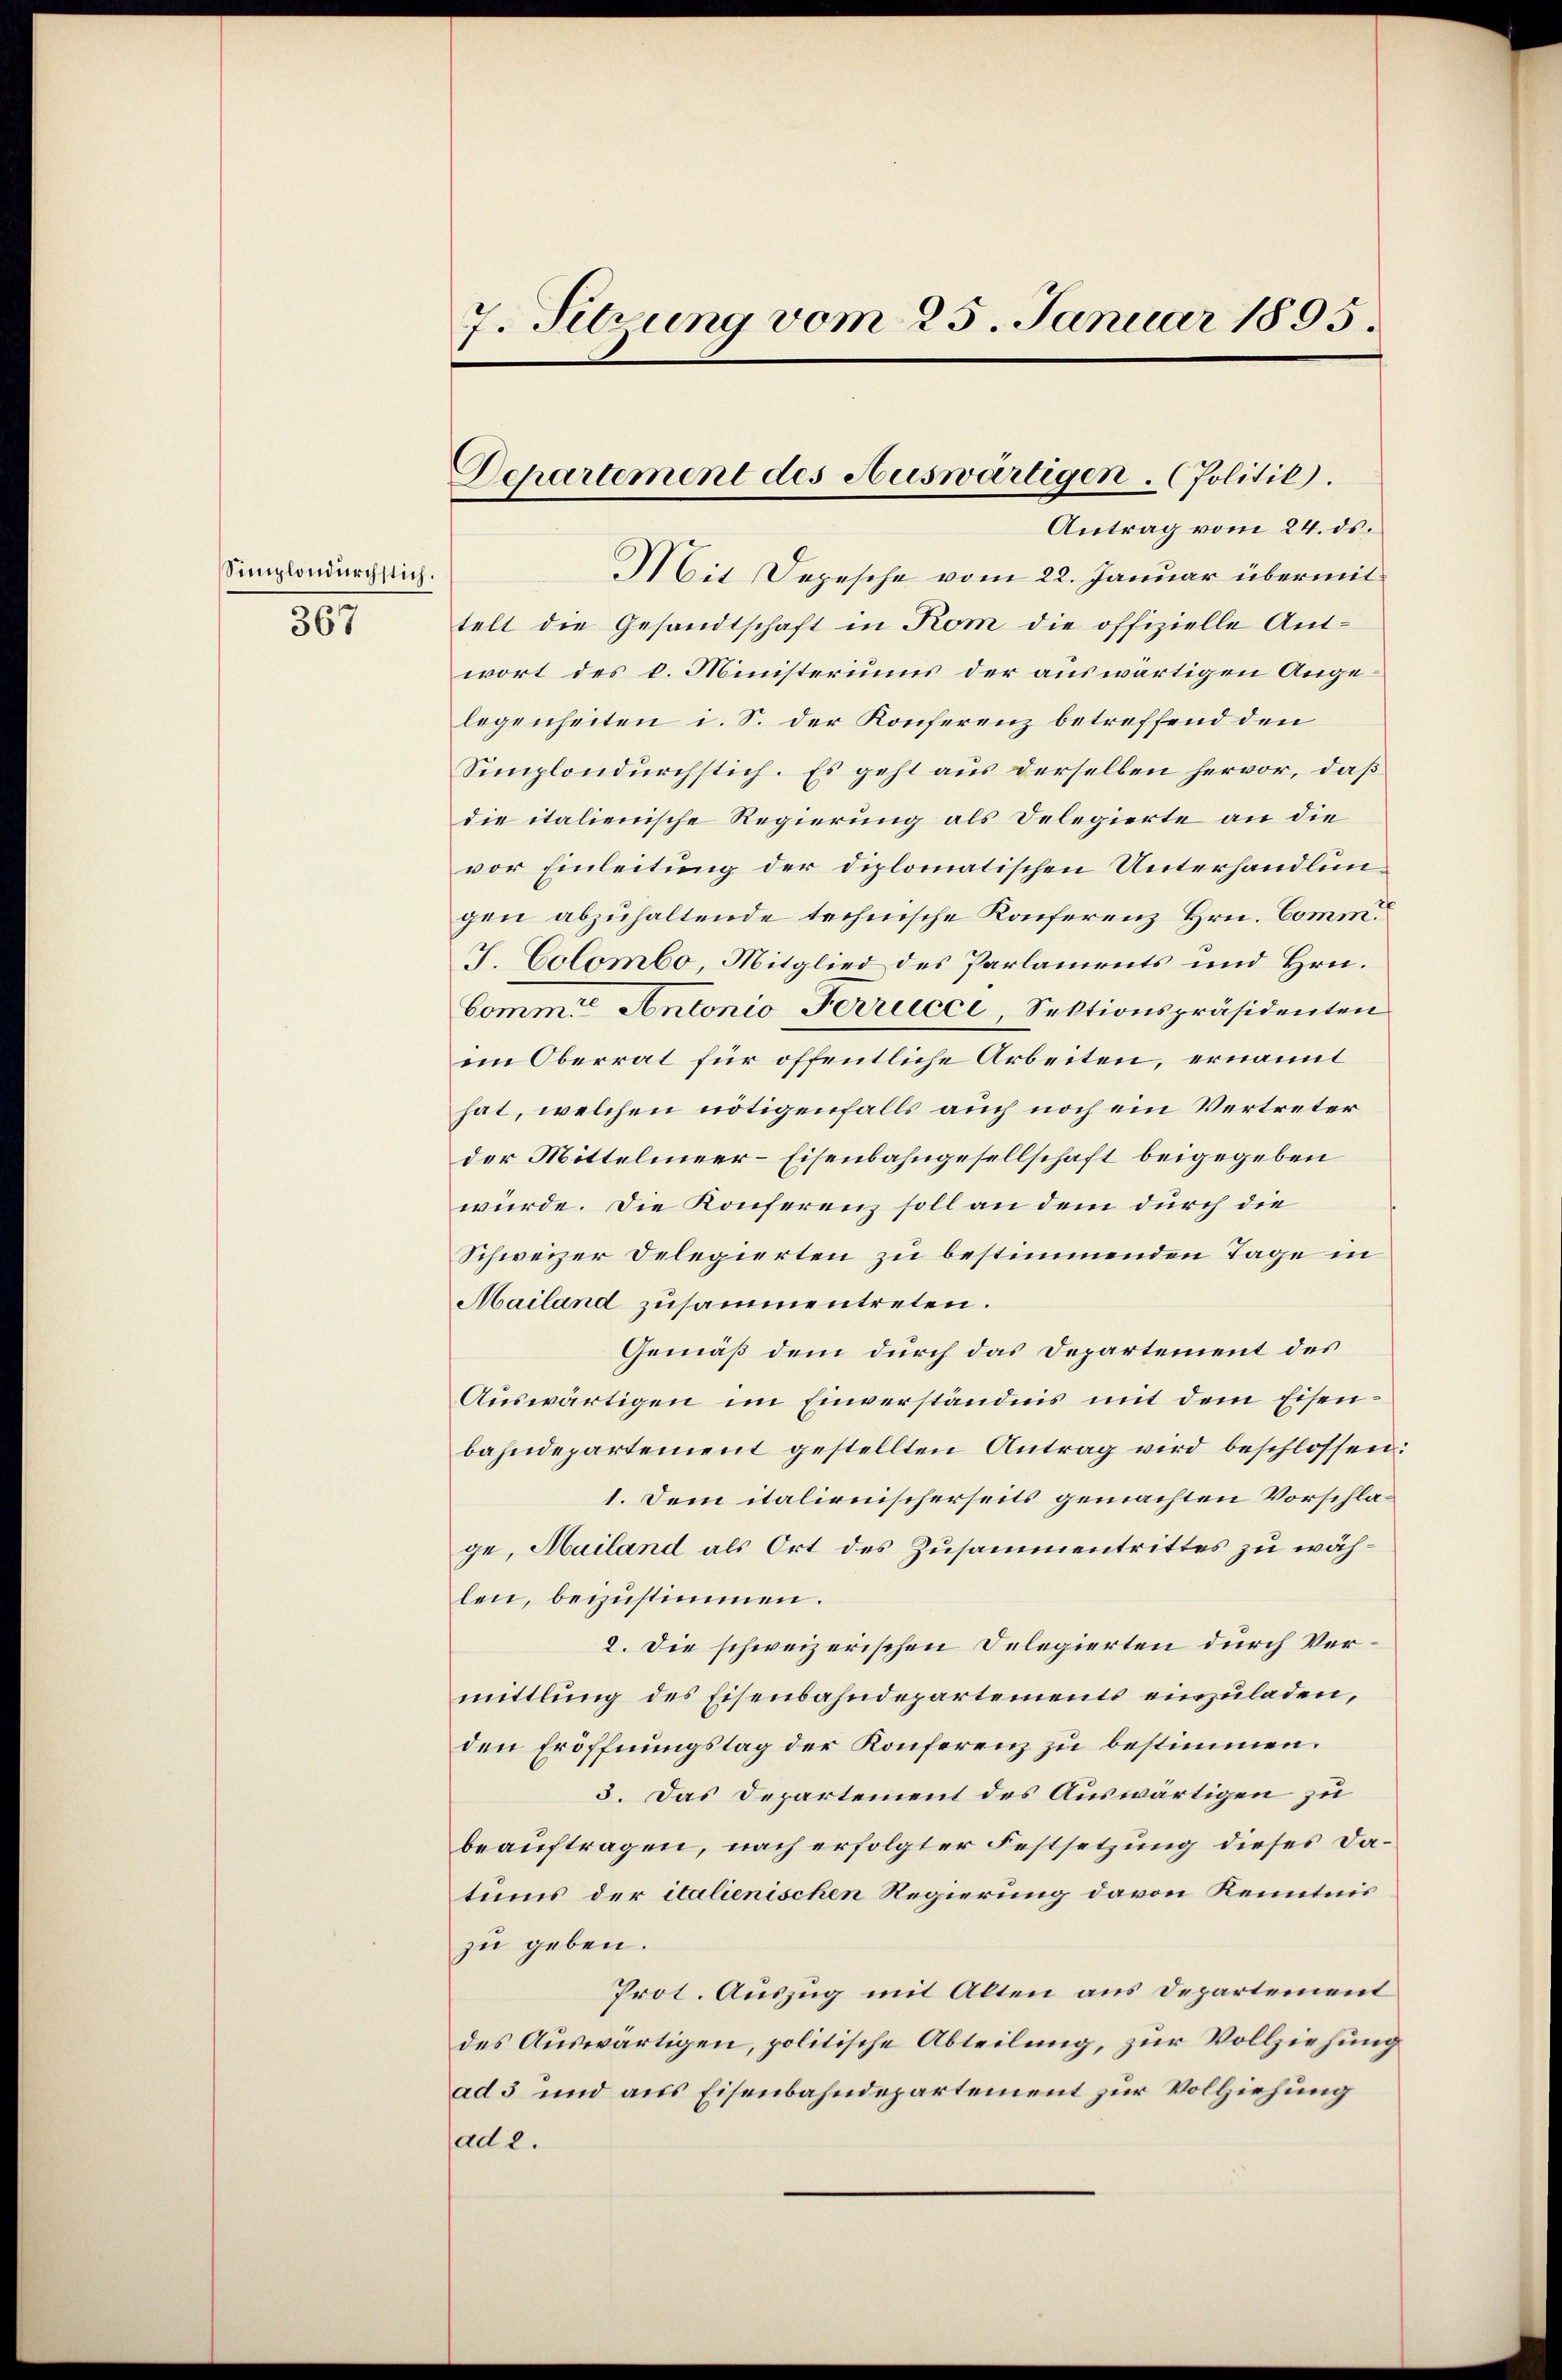
Semplondurchstich.
367

7. Sitzung vom 25. Januar 1895.

Departement des Auswärtigen. (Politik.
Antrag vom 24. ds.

Mit Depesche vom 22. Januar übermit
telt die Gesandtschaft in Kom die offizielle Antwort des k. Ministeriums der auswärtigen Angelegenheiten i. S. der Konferenz betreffend den
Semplondurchstich. Es geht aus derselben hervor, daß
die italienische Regierung als Delegierte an die
vor Einleitung der diplomatischen Unterhandlungen abzuhaltende technische Konferenz Hrn. Comm.
J. Colombo, Mitglied des Parlaments und Hrn.
Commit Antonio Ferrucci Sektionspräsidenten
im Oberrat für öffentliche Arbeiten, ernannt
hat, welchen nötigenfalls auch noch ein Vertreter
der Mittelmeer-Eisenbahngesellschaft beigegeben
würde. Die Konferenz soll an dem durch die
Schweizer Delegierten zu bestimmenden Tage in
Mailand zusammentreten.
Gemäß dem durch das Departement des
Auswärtigen im Einverständnis mit dem Eisenbahndepartement gestellten Antrag wird beschlossen:
1. Dem italienischerseits gemachten Vorschlage, Mailand als Ort des Zusammentrittes zu wählen, beizustimen.
2. Die schweizerischen Delegierten durch Vermittlung des Eisenbahndepartements einzuladen,
den Eröffnungstag der Konferenz zu bestimmen.
3. Das Departement des Auswärtigen zu
beauftragen, nach erfolgter Festsetzung dieses Datums der italienischen Regierung davon Kenntnis
zu geben.
Prot. Auszug mit Alten aus Departement
des Auswärtigen, politische Abteilung, zur Vollziehung
ad 3 und aus Eisenbahndepartement zur Vollziehung
ad 2.